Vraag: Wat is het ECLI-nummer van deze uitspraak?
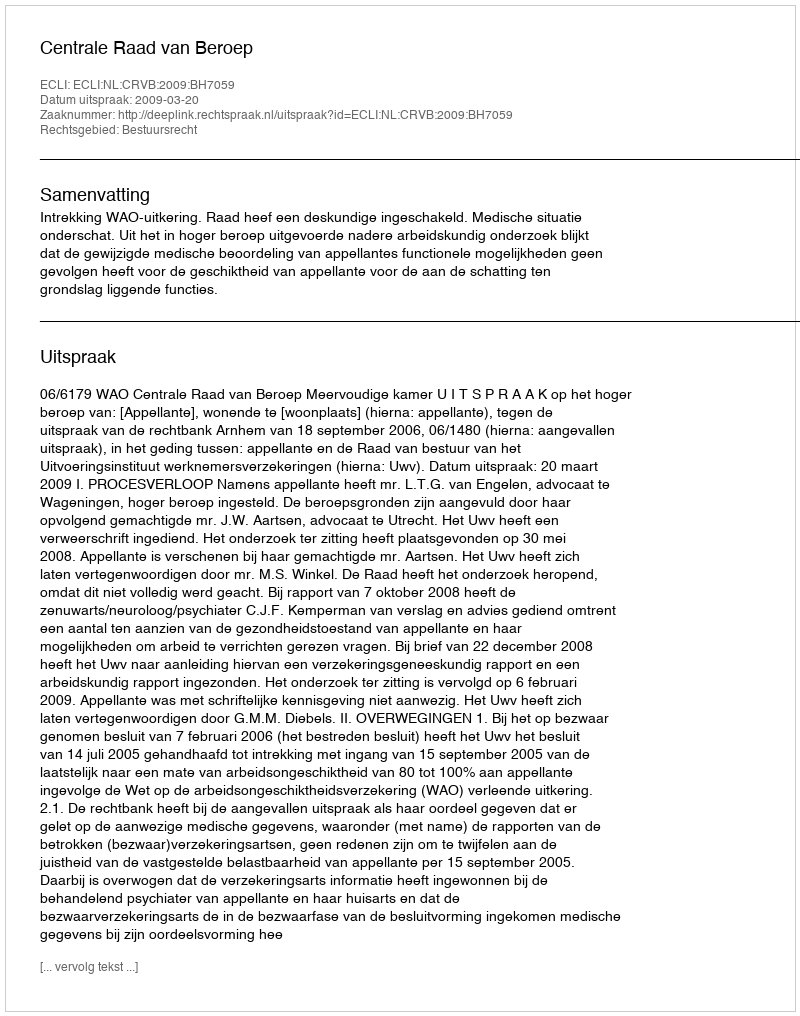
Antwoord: ECLI:NL:CRVB:2009:BH7059